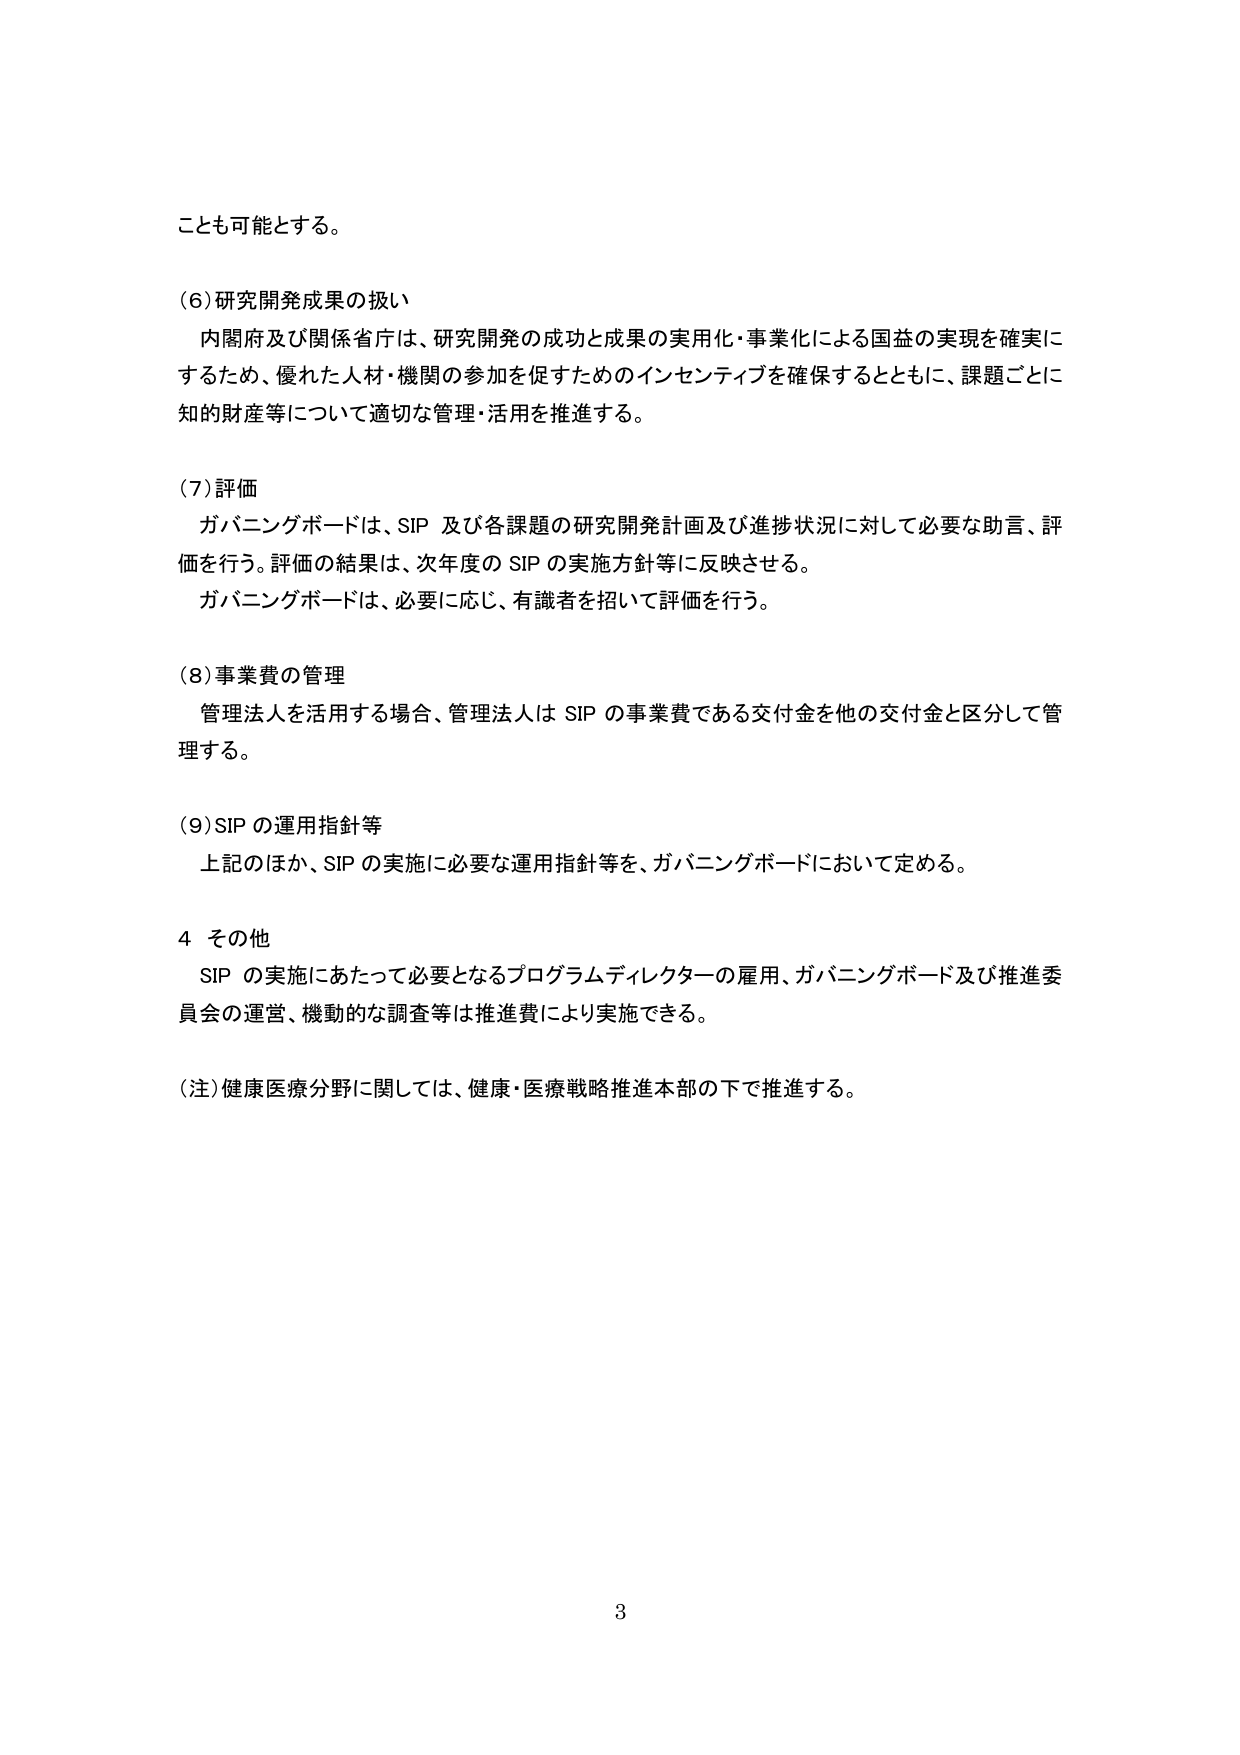
ことも可能とする。

(6) 研究開発成果の扱い
内閣府及び関係省庁は、研究開発の成功と成果の実用化・事業化による国益の実現を確実に
するため、優れた人材・機関の参加を促すためのインセンティブを確保するとともに、課題ごとに
知的財産等について適切な管理・活用を推進する。

(7) 評価
ガバニングボードは、SIP 及び各課題の研究開発計画及び進捗状況に対して必要な助言、評
価を行う。評価の結果は、次年度の SIP の実施方針等に反映させる。
ガバニングボードは、必要に応じ、有識者を招いて評価を行う。

(8) 事業費の管理
管理法人を活用する場合、管理法人は SIP の事業費である交付金を他の交付金と区分して管
理する。

(9) SIP の運用指針等
上記のほか、SIP の実施に必要な運用指針等を、ガバニングボードにおいて定める。

4 その他
SIP の実施にあたって必要となるプログラムディレクターの雇用、ガバニングボード及び推進委
員会の運営、機動的な調査等は推進費により実施できる。

(注) 健康医療分野に関しては、健康・医療戦略推進本部の下で推進する。

3